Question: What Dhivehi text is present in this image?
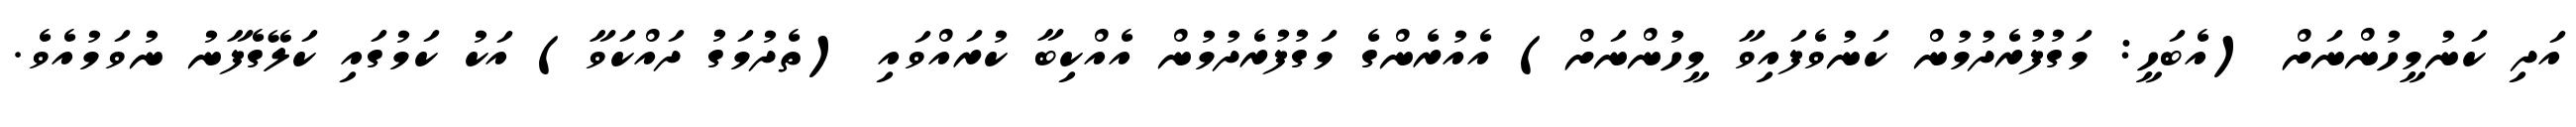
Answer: އަދި ކަނުމީހުންނަށް (އެބަހީ: މަގުފުރެދުމުން ކަނުވެފައިވާ މީހުންނަށް) އެއުރެންގެ މަގުފުރެދުމުން އެއްކިބާ ކުރައްވައި (ތެދުމަގު ދައްކަވާ) އަކު ކަމުގައި ކަލޭގެފާނު ނުވަމުއެވެ.